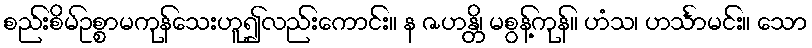
စည်းစိမ်ဥစ္စာမကုန်သေးဟူ၍လည်းကောင်း။ န ဇဟန္တိ၊ မစွန့်ကုန်။ ဟံသ၊ ဟင်္သာမင်း။ သော